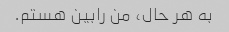
به هر حال، من رابین هستم.